Civil Veterinary Dept. Bombay admin report 1923-31 - 1923-1931
Year: 1923
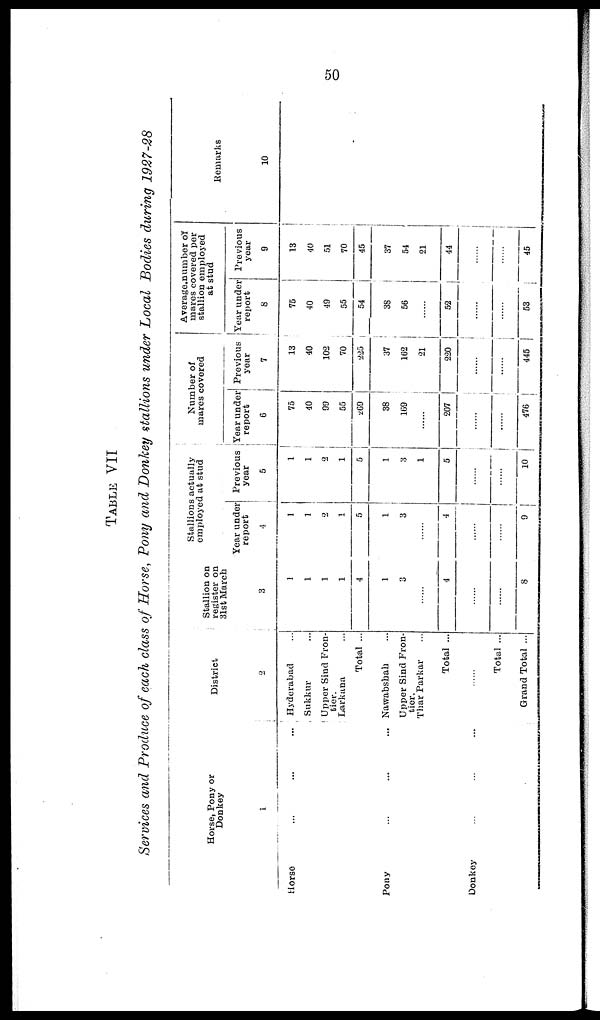
50
TABLE VII
Services and Produce of each class of Horse, Pony and Donkey stallions under Local Bodies during 1927-28
Horse, Pony or
Donkey
1
Horse ... ...
Pony ... ...
Donkey ... ...
District
2
... Hyderabad ...
Sukkur ...
Upper Sind Fron-
tier.
Larkana ...
Total ...
... Nawabshah ...
Upper Sind Fron-
tier.
Thar Parkar ...
Total ...
... ...
Total ...
Grand Total ...
Stallion on
register on
31st March
3
1
1
1
1
4
1
3
......
4
......
......
8
Stallions actually
employed at stud
Year under
report
4
1
1
2
1
5
1
3
......
4
.........
......
9
Previous
year
5
1
1
2
1
5
1
3
1
5
......
......
10
Number of
mares covered
Year under
report
6
75
40
99
55
269
38
169
......
207
......
......
476
Previous
year
7
13
40
102
70
225
37
162
21
220
......
......
445
Average number of
mares covered per
stallion employed
at stud
Year under
report
8
75
40
49
55
54
38
56
......
52
......
......
53
Previous
year
9
13
40
51
70
45
37
54
21
44
......
......
45
Remarks
10